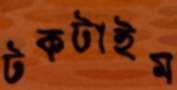
টকটাইম